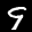
Label: 9